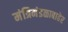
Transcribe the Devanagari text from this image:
मंत्रिमंडळाबाहेर